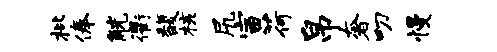
枇俸觥衢馥核尻寅荷帛奢叨慢